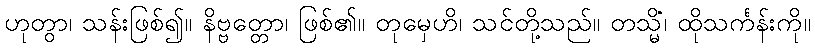
ဟုတွာ၊ သန်းဖြစ်၍။ နိဗ္ဗတ္တော၊ ဖြစ်၏။ တုမှေဟိ၊ သင်တို့သည်။ တသ္မိံ၊ ထိုသင်္ကန်းကို။